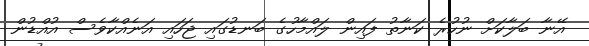
އޭނާ ބަލާކަށް ނުހުރެ ކަނާތު ފައިން ލައްމާހުގެ ބަނޑުގައި ޖަހައި އަނެއްކާވެސް އުއްޑުން